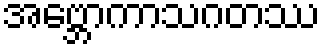
အဗ္ဘောကာသဂတဿ